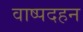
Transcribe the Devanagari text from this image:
वाष्पदहन